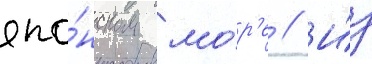
япо́нском мо́р'е // И́з